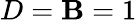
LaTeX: D=\mathbf{B}=1